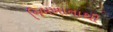
જિમખાનાથી